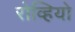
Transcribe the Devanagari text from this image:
रोव्हियो